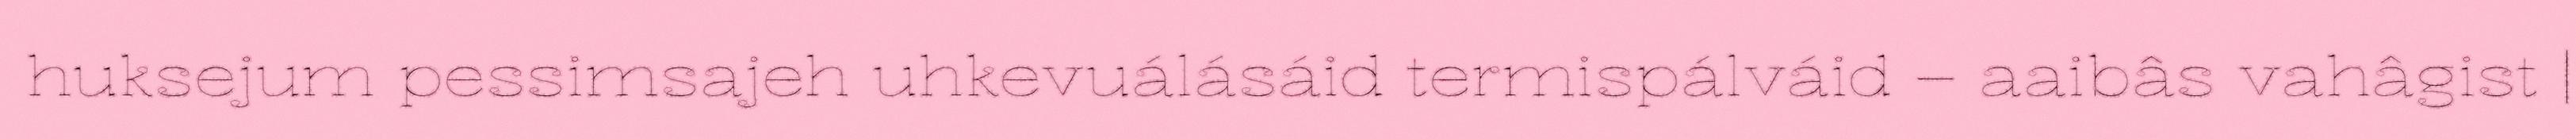
huksejum pessimsajeh uhkevuálásáid termispálváid – aaibâs vahâgist |